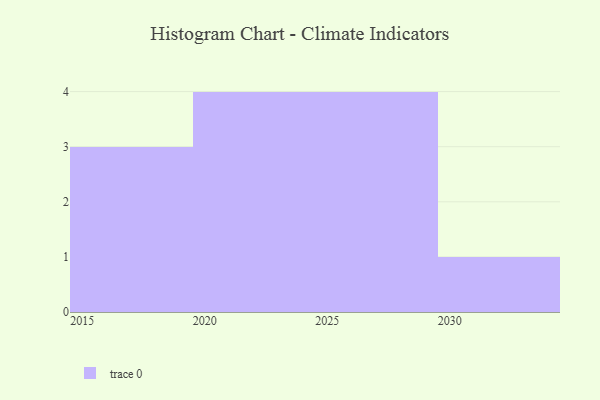
{"axis": {"x": "Year", "y": "Satisfaction Score"}, "legend": [""], "data": [{"x": "2023", "y": 18, "type": ""}, {"x": "2015", "y": 84, "type": ""}, {"x": "2022", "y": 26, "type": ""}, {"x": "2017", "y": 61, "type": ""}, {"x": "2027", "y": 46, "type": ""}, {"x": "2020", "y": 92, "type": ""}, {"x": "2026", "y": 40, "type": ""}, {"x": "2019", "y": 76, "type": ""}, {"x": "2024", "y": 78, "type": ""}, {"x": "2028", "y": 43, "type": ""}, {"x": "2030", "y": 87, "type": ""}, {"x": "2025", "y": 83, "type": ""}]}